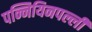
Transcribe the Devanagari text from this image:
पन्नियिनपल्ली